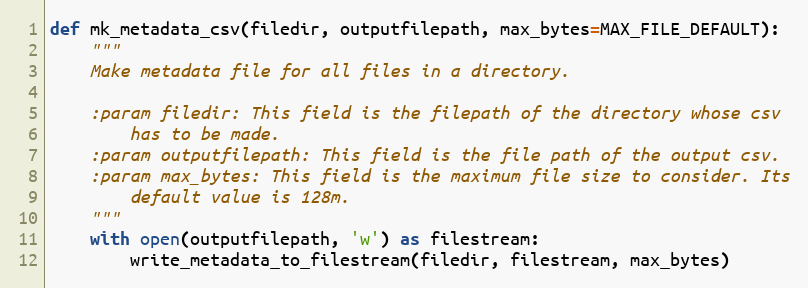
Language: Python
def mk_metadata_csv(filedir, outputfilepath, max_bytes=MAX_FILE_DEFAULT):
    """
    Make metadata file for all files in a directory.

    :param filedir: This field is the filepath of the directory whose csv
        has to be made.
    :param outputfilepath: This field is the file path of the output csv.
    :param max_bytes: This field is the maximum file size to consider. Its
        default value is 128m.
    """
    with open(outputfilepath, 'w') as filestream:
        write_metadata_to_filestream(filedir, filestream, max_bytes)